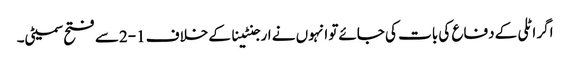
اگر اٹلی کے دفاع کی بات کی جائےتو انہوں نے ارجنٹینا کے خلاف 1-2سے فتح سمیٹی۔